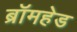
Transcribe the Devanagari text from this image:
ब्रॉमहेड